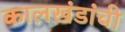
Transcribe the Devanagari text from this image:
कालखंडांची